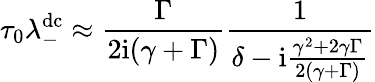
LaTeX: \tau_{0}\lambda_{-}^{\mathrm{dc}}\approx\frac{\Gamma}{2\mathrm{i}(\gamma+\Gamma)}\frac{1}{\delta-\mathrm{i}\frac{\gamma^{2}+2\gamma\Gamma}{2(\gamma+\Gamma)}}